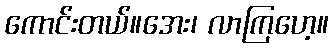
ကောင်းတယ်။အေး၊ လာကြဟေ့။